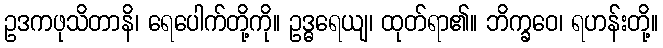
ဥဒကဖုသိတာနိ၊ ရေပေါက်တို့ကို။ ဥဒ္ဓရေယျ၊ ထုတ်ရာ၏။ ဘိက္ခဝေ၊ ရဟန်းတို့။